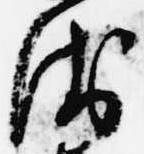
衛